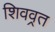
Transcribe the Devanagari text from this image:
शिवव्रत